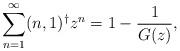
LaTeX: \begin{align*}\sum_{n=1}^\infty (n,1)^{\dagger} z^n = 1 - \frac{1}{G(z)},\end{align*}